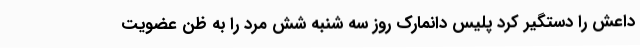
داعش را دستگیر کرد پلیس دانمارک روز سه شنبه شش مرد را به ظن عضویت